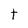
Character: t